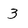
Character: 3